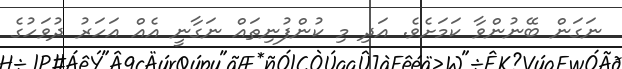
ނަގަން ބޭނުންވާ ކަމަށެވެ. އަދި މި ކުންފުނިތައް ނަގާނީ އެއް އަހަރު ދުވަހުގެ